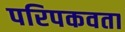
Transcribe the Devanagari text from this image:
परिपकवता